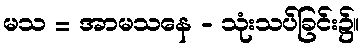
မသ = အာမသနေ - သုံးသပ်ခြင်း၌။